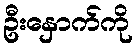
ဦးနှောက်ကို